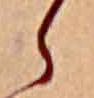
ら